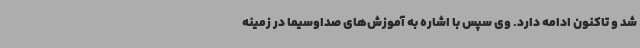
شد و تاکنون ادامه دارد. وی سپس با اشاره به آموزش‌های صداوسیما در زمینه